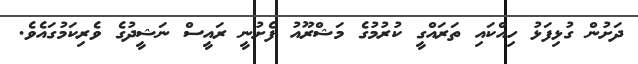
ދަށުން ގުޅިފަޅު ހިއްކައި ތަރައްގީ ކުރުމުގެ މަޝްރޫއު ފެށުނީ ރައީސް ނަޝީދުގެ ވެރިކަމުގައެވެ.